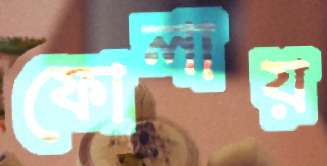
ফোলায়